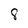
Character: 8